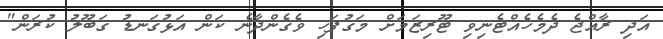
އަދި ރާއްޖެ ދެމެހެއްޓެނިވި ޓޫރިޒަމަށް މަގުފަހި ވެގެންދާނެ ކަން އަޅުގަނޑު ގަބޫލު ކުރަން"